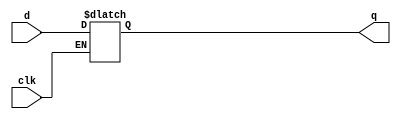
// This program was cloned from: https://github.com/siliconcompiler/lambdalib
// License: MIT License

//#############################################################################
//# Function:  D-type active-high transparent latch                           #
//# Copyright: Lambda Project Authors. All rights Reserved.                   #
//# License:   MIT (see LICENSE file in Lambda repository)                    #
//#############################################################################

module la_latq #(
    parameter PROP = "DEFAULT"
) (
    input      d,
    input      clk,
    output reg q
);

    always @(clk or d) if (clk) q <= d;

endmodule